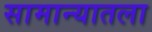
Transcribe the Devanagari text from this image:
सामान्यातला